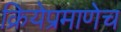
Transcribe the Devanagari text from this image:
क्रियेप्रमाणेच